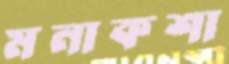
মনাকশা